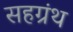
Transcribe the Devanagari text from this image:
सहग्रंथ